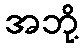
အဘို့